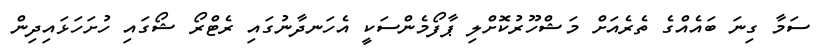
ސަމާ ގިނަ ބައެއްގެ ތެރެއަށް މަޝްހޫރުކޮށްލި ޕާފޯމެންސަކީ އެހަނދާނުގައި ރެޓްރޯ ޝޯގައި ހުށަހަޅައިދިން